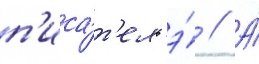
п'иса́т'ель э́ // А́